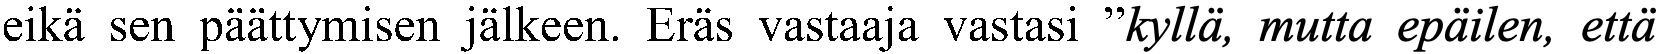
eikä sen päättymisen jälkeen. Eräs vastaaja vastasi ”kyllä, mutta epäilen, että